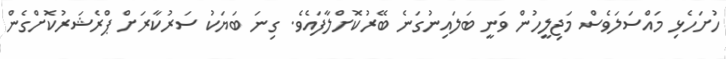
ހުށަހެޅި މައްސަލަވެސް މަޖިލީހުން ވަނީ ބަލައިނުގަނެ ބޭރުކޮށްލާފައެވެ. ގިނަ ބަޔަކު ސަރުކާރަށް ޕްރެޝަރުކޮށްގެން